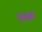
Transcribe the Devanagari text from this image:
भुतुक्कै